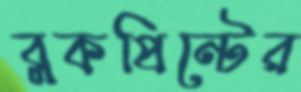
ব্লকপ্রিন্টের